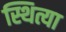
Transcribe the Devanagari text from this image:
स्थित्या